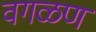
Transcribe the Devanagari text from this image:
वगळण